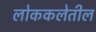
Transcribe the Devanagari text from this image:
लोककलेतील